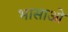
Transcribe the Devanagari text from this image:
भासाओ